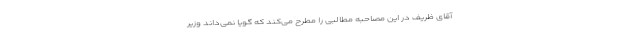
آقای ظریف در این مصاحبه مطالبی را مطرح می‌کند که گویا نمی‌داند وزیر